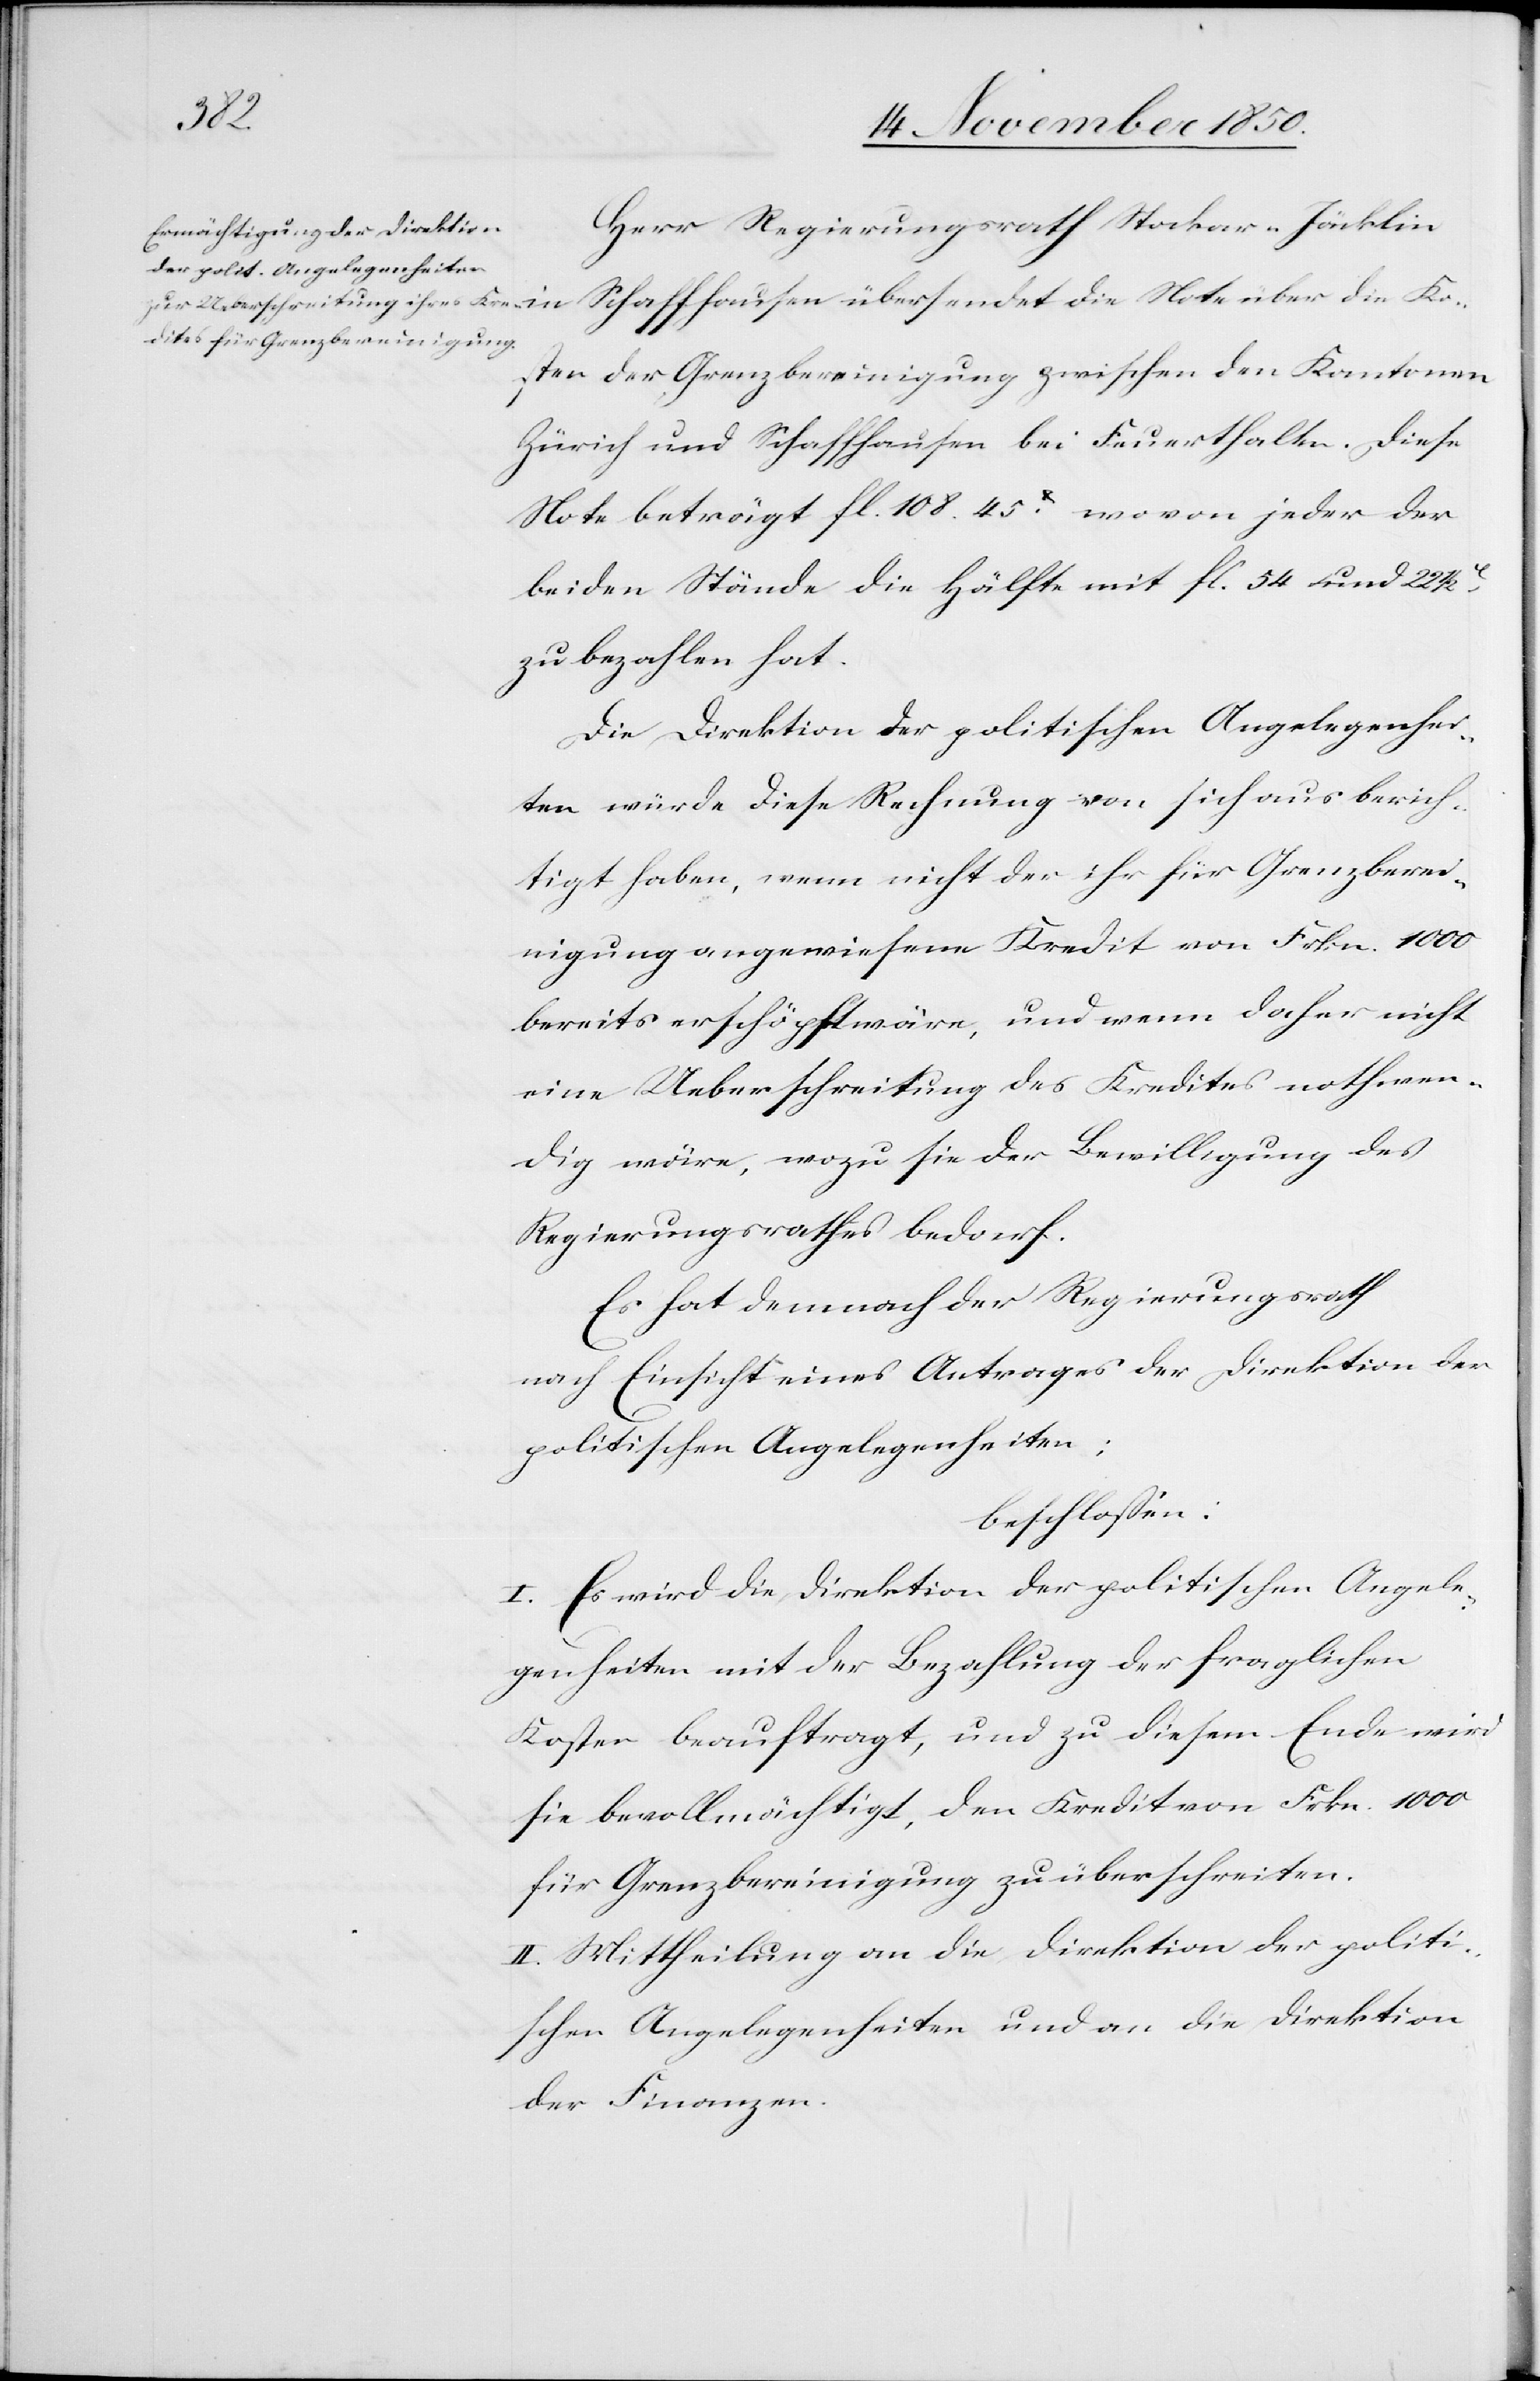
Herr Regierungsrath Stocker-Jäcklin
Note über die Kos¬
ten der Grenzbereinigung zwischen den Kantonen
Zürich und Schaffhausen bei Feuerthalen. Diese
Note beträgt fl. 108. 45 X wovon jeder der
beiden Stände die Hälfte mit fl. 54 und 22
zu bezahlen hat.
Die Direktion der politischen Angelegenhei¬
ten würde diese Rechnung von sich aus berich¬
tigt haben, wenn nicht der ihr für Grenzberei¬
nigung angewiesene Kredit von Frkn. 1000
bereits erschöpft wäre, und wenn daher nicht
eine Ueberschreitung des Kredites nothwen¬
dig wäre, wozu sie der Bewilligung des
Regierungsrathes bedarf.
Es hat demnach der Regierungsrath
nach Einsicht eines Antrages der Direktion der
politischen Angelegenheiten;
beschlossen.
I. Es wird die Direktion der politischen Angele¬
genheiten mit der Bezahlung der fraglichen
Kosten beauftragt, und zu diesem Ende wird
sie bevollmächtigt, den Kredit von Frkn. 1000
für Grenzbereinigung zu überschreiten.
II. Mittheilung an die Direktion der politi¬
schen Angelegenheiten und an die Direktion
der Finanzen.